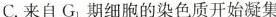
C.来自G_{1}期细胞的染色质开始凝集